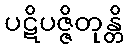
ပဋိပဇ္ဇိတုန္တိ